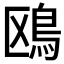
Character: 鴎